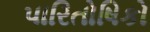
પારિતોષિકો